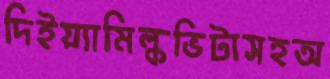
দিইয়্যামিল্কভিটাসহঅ